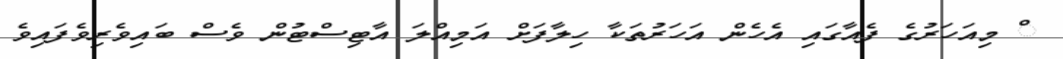
ް މިއަހަރުގެ ފެއާގައި އެހެން އަހަރުތަކާ ހިލާފަށް އަމިއްލަ އާޓިސްޓުން ވެސް ބައިވެރިވެފައިވެ